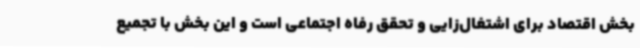
بخش اقتصاد برای اشتغال‌زایی و تحقق رفاه اجتماعی است و این بخش با تجمیع